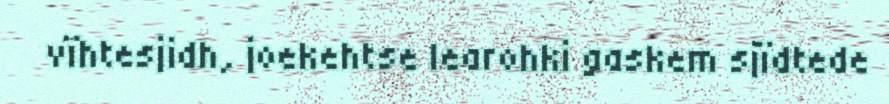
vïhtesjidh, joekehtse learohki gaskem sjïdtede